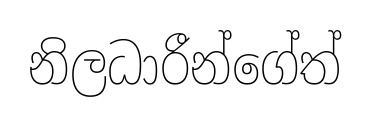
නිලධාරීන්ගේත්